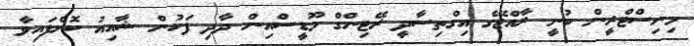
މިނިސްޓްރީން ބުނީ ރާއްޖޭގެ އިގްތިސާދީ ރޭޓިންގް މޫޑީސްއިން ދާދި ފަހުން ޝާއިއު ކޮށްފައިވާ